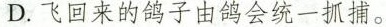
D.飞回来的鸽子由鸽会统一抓捕。